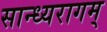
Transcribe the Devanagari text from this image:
सान्ध्यरागम्